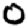
Digit: 0